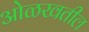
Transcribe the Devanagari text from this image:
ओळखतील